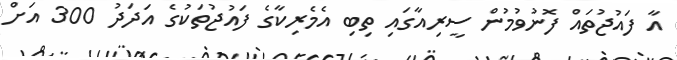
އާ ފައުޖުތައް ފޮނުވުމުން ސީރިއާގައި ތިބި އެމެރިކާގެ ފައުޖުތަކުގެ އަދަދު 300 އަށް